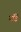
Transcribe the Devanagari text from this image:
नॉडे